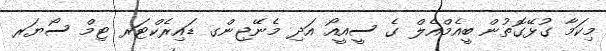
މިކަމާ ގުޅޭގޮތުން ބީއެމްއެލް ގެ ސީއީއޯ އަދި މެނޭޖިންގ ޑައިރެކްޓަރ ޓިމް ސޯޔަރ